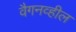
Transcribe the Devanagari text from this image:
वैगनव्हील